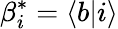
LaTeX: \beta_{i}^{*}=\langle b|i\rangle